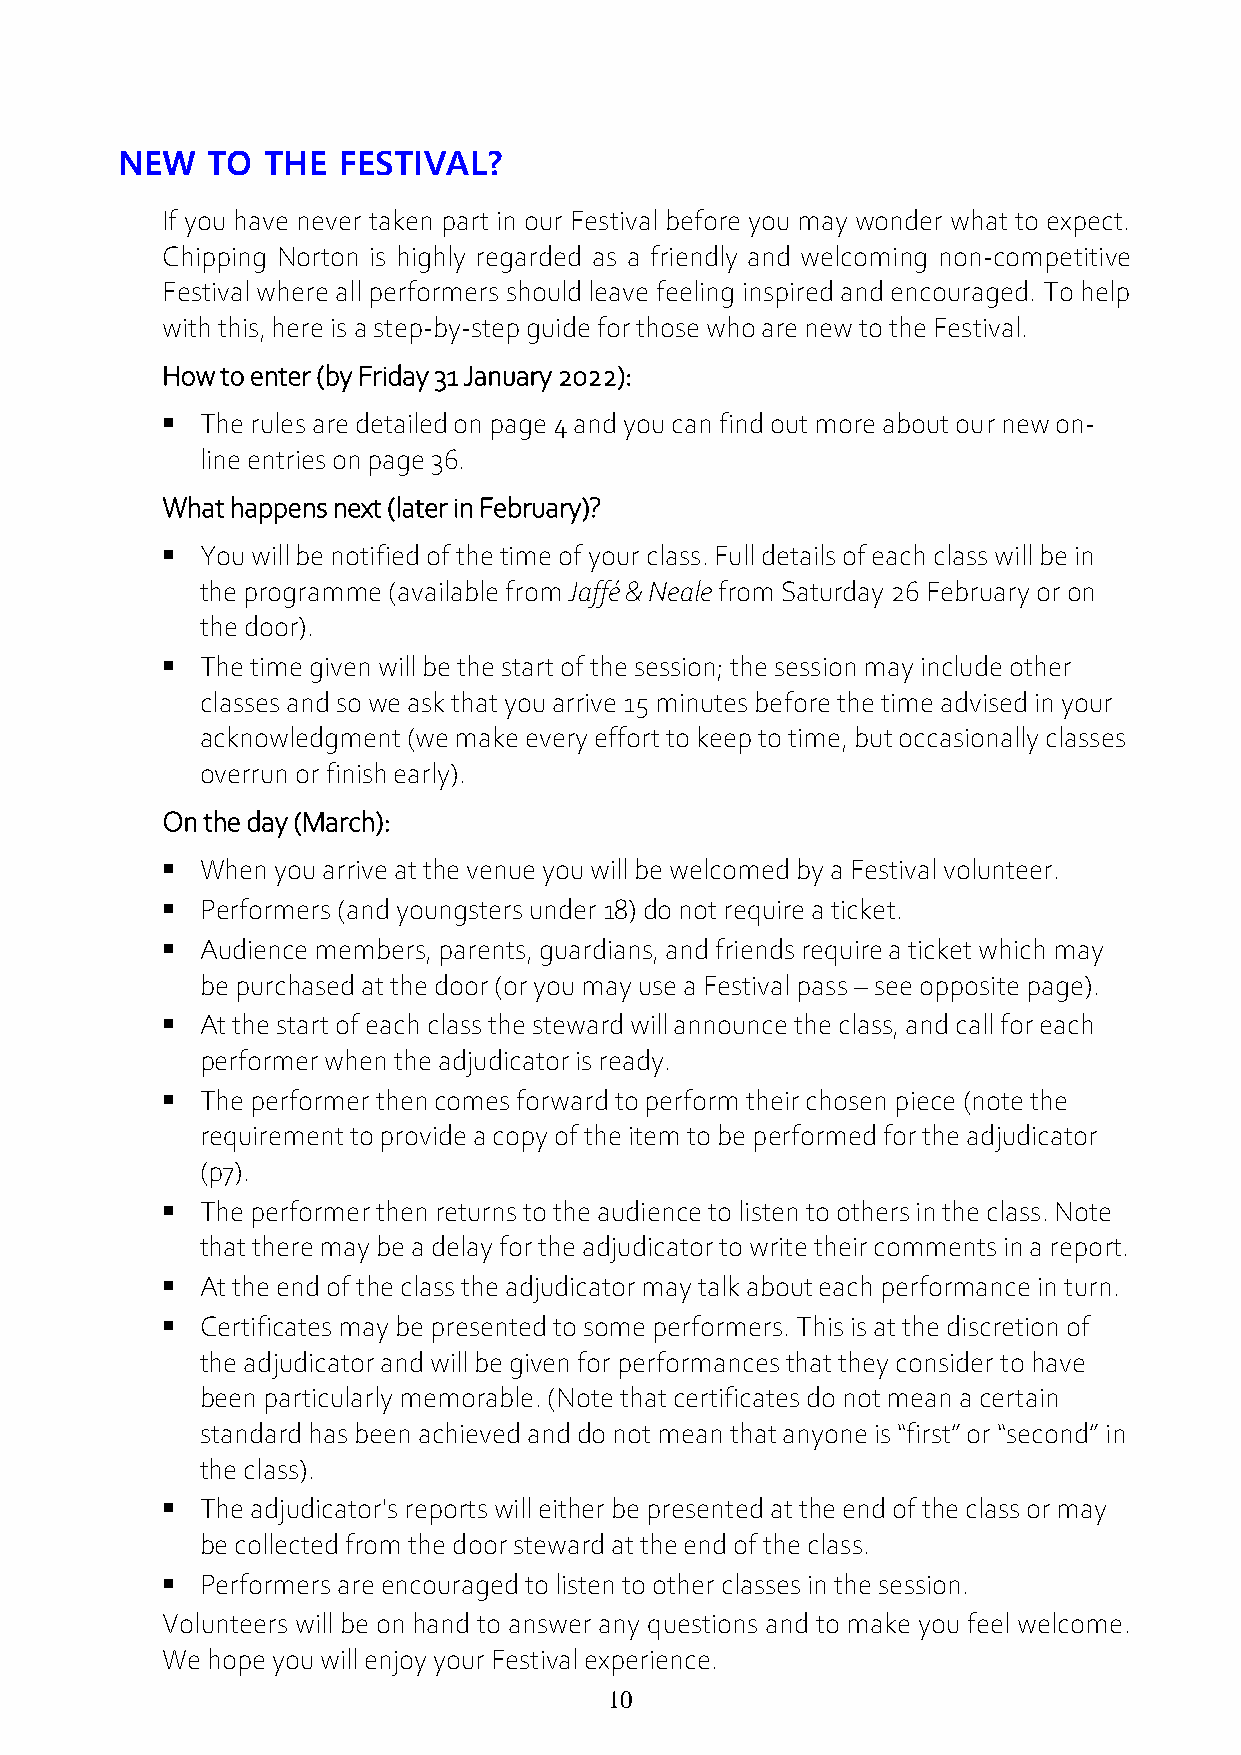
NEW   TO  THE FESTIVAL?
 If you have never taken part in our Festival before you may wonder what to expect.
 Chipping Norton is highly regarded as a friendly and welcoming non-competitive
 Festival where all performers should leave feeling inspired and encouraged. To help
 with this, here is a step-by-step guide for those who are new to the Festival.
 How to enter (by Friday 31 January 2022):
  The rules are detailed on page 4 and you can find out more about our new on-
 line entries on page 36.
 What happens next (later in February)?
  You will be notified of the time of your class. Full details of each class will be in
 the programme (available from Jaffé & Neale from Saturday 26 February or on
 the door).
  The time given will be the start of the session; the session may include other
 classes and so we ask that you arrive 15 minutes before the time advised in your
 acknowledgment (we make every effort to keep to time, but occasionally classes
 overrun or finish early).
 On the day (March):
  When you arrive at the venue you will be welcomed by a Festival volunteer.
  Performers (and youngsters under 18) do not require a ticket.
  Audience members, parents, guardians, and friends require a ticket which may
 be purchased at the door (or you may use a Festival pass – see opposite page).
  At the start of each class the steward will announce the class, and call for each
 performer when the adjudicator is ready.
  The performer then comes forward to perform their chosen piece (note the
 requirement to provide a copy of the item to be performed for the adjudicator
 (p7).
  The performer then returns to the audience to listen to others in the class. Note
 that there may be a delay for the adjudicator to write their comments in a report.
  At the end of the class the adjudicator may talk about each performance in turn.
  Certificates may be presented to some performers. This is at the discretion of
 the adjudicator and will be given for performances that they consider to have
 been particularly memorable. (Note that certificates do not mean a certain
 standard has been achieved and do not mean that anyone is “first” or “second” in
 the class).
  The adjudicator's reports will either be presented at the end of the class or may
 be collected from the door steward at the end of the class.
  Performers are encouraged to listen to other classes in the session.
 Volunteers will be on hand to answer any questions and to make you feel welcome.
 We hope you will enjoy your Festival experience.
 10